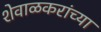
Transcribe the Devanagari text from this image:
शेवाळकरांच्या